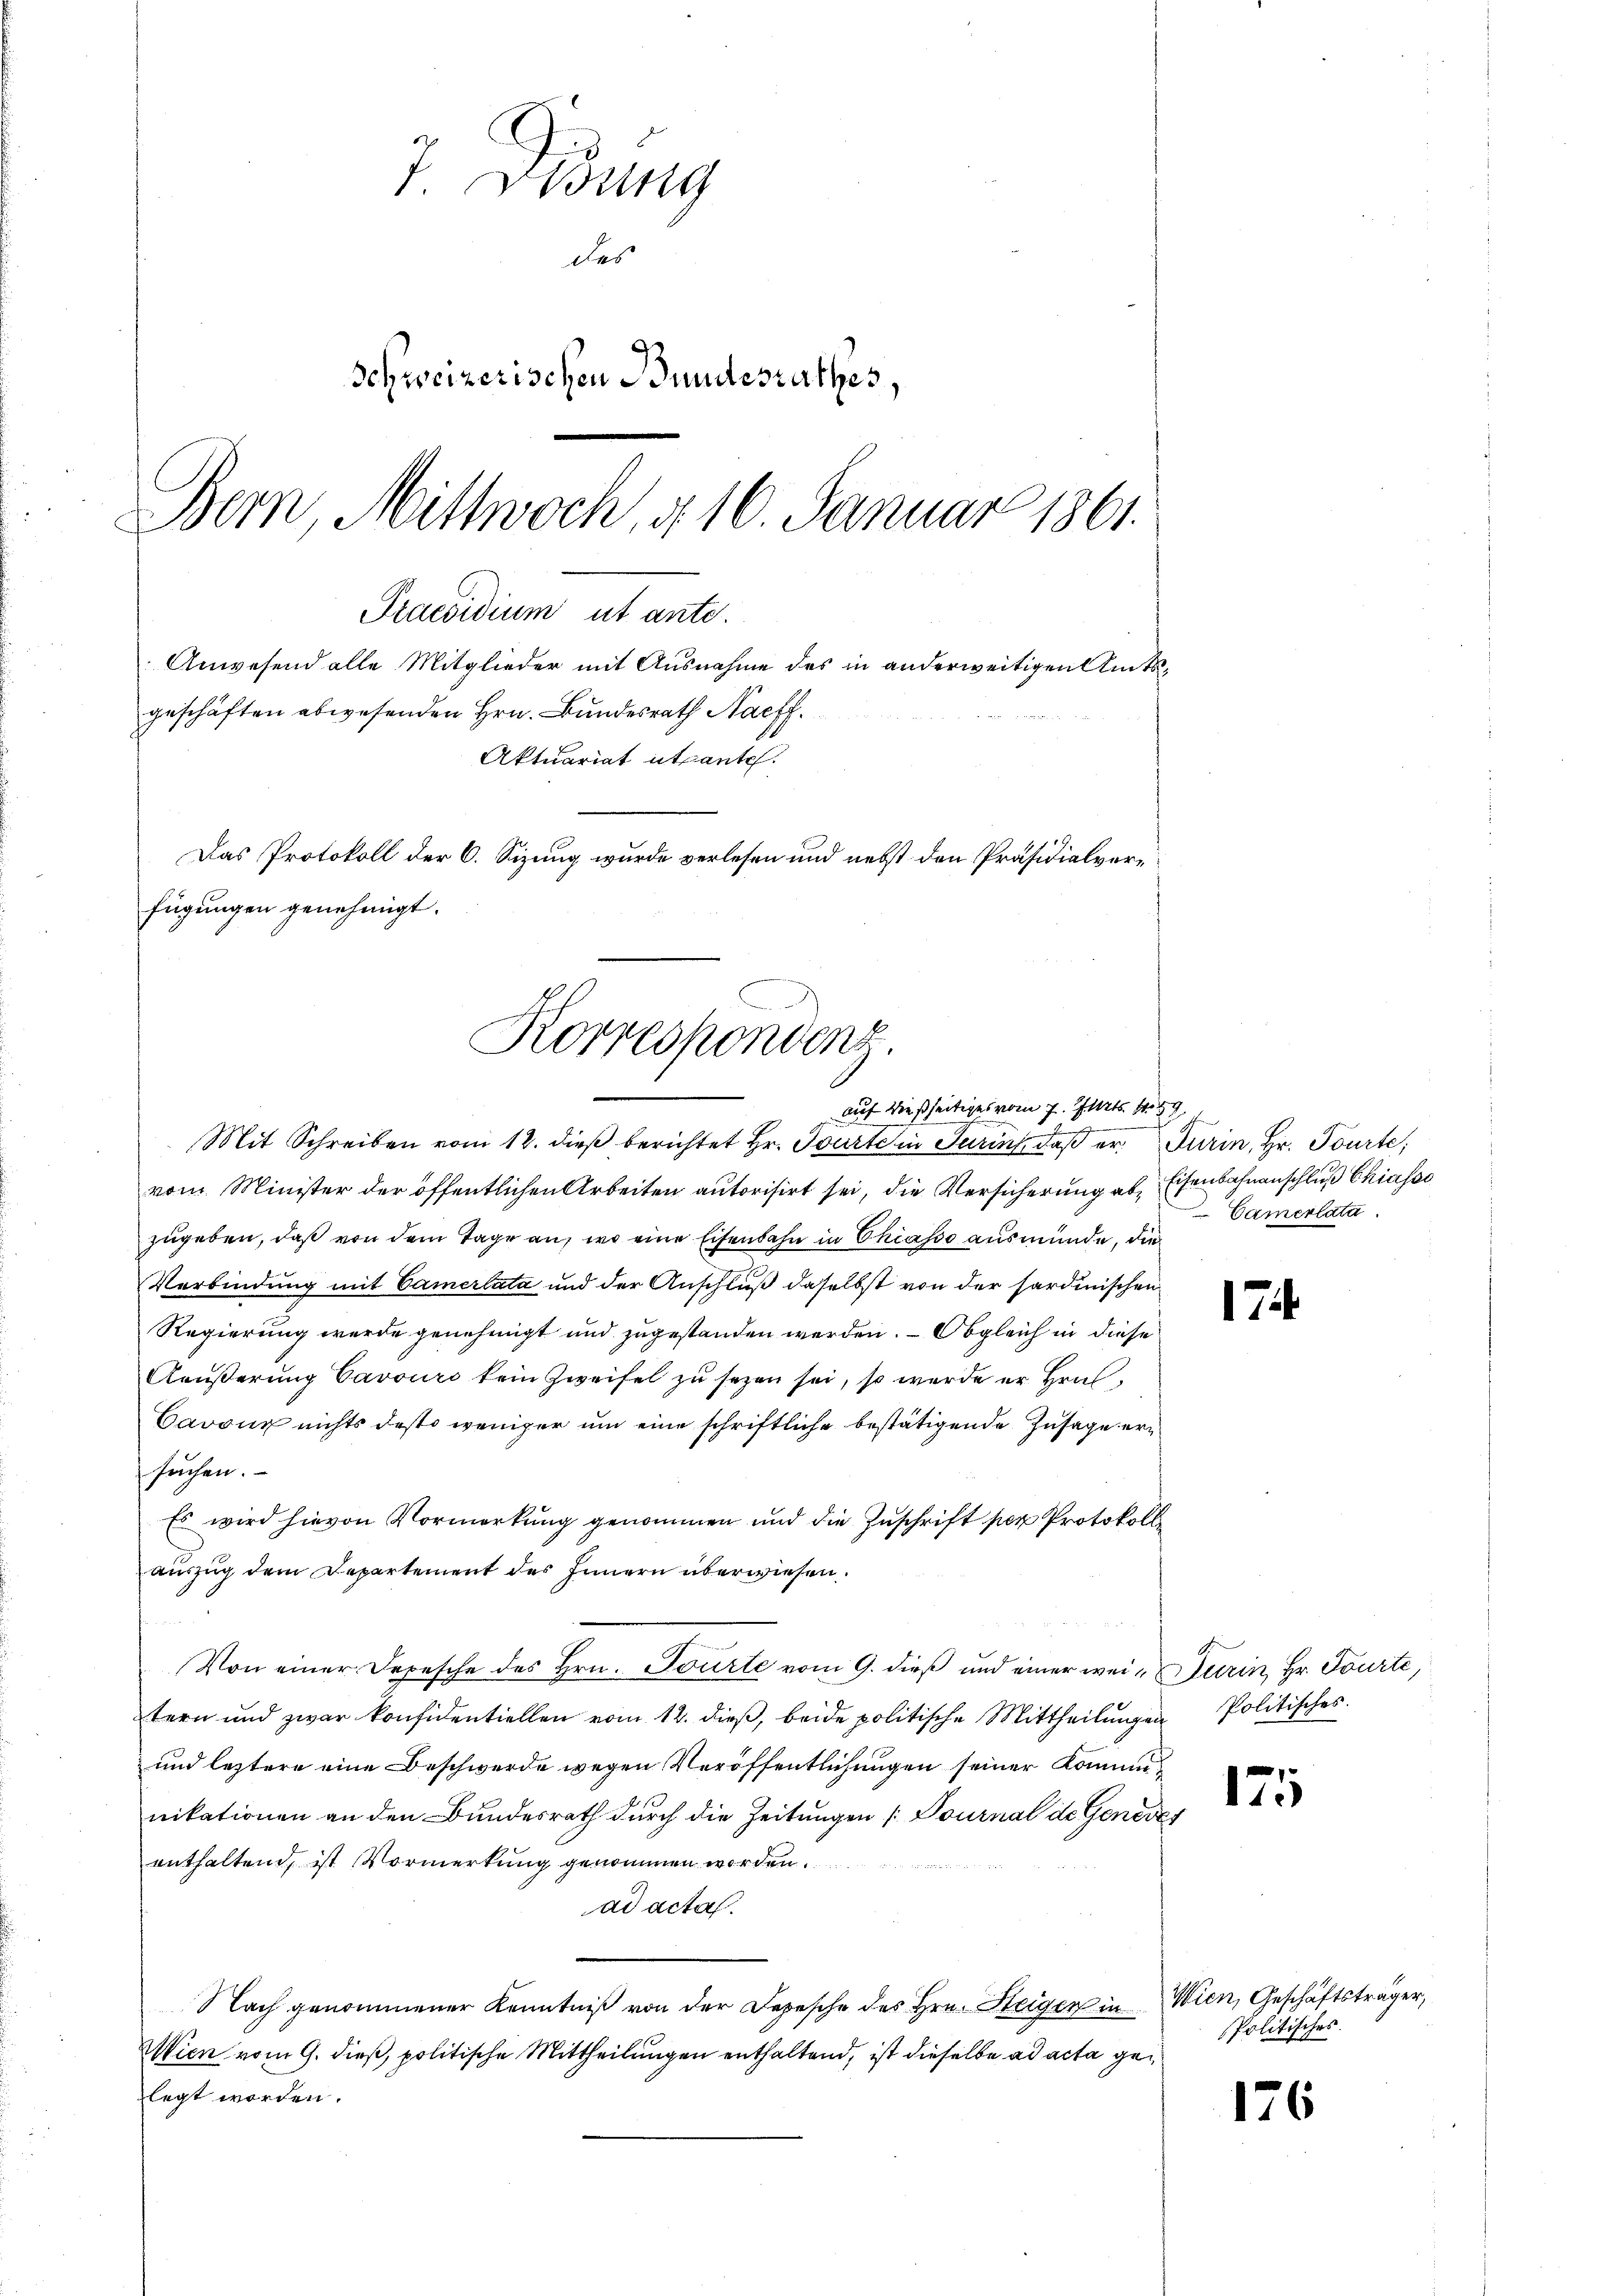
I. Beding
des
Schweizerischen Bundesrathes,
Bern, Mittwoch, d. 16. Januar 1861.

Praesidium ut ante.
Anwesend alle Mitglieder mit Ausnahme des in anderweitigen Amtsgeschäften abwesenden Hrn. Bundesrath Nachf
Aktuariat utante.
Das Protokoll der C. Sizung wurde verlesen und nebst den Präsidialverfügungen genehmigt.
Korrespondenz.

auf dießseitiges vom 7. Jurt. 459.
Mit Schreiben vom 12. dieß berichtet Hr. Tourte in Turin, daß er Turin, Hr. Tourte,
vom Minister der öffentlichen Arbeiten autorisirt sei, die Versicherung ab Eisenbahnanschluß Chiasso
zugeben, daß von dem Tage an, wo eine Eisenbahn in Chiasso ausmünde, die
Verbindung mit Camerlata und der Anschluß daselbst von der sardinischen
Regierung werde genehmigt und zugestanden werden. — Obgleich in diese
Aeußerung Cavours kein Zweifel zu sezen sei, so wurde er Hras¬
Cavoux nichts desto weniger um eine schriftliche bestätigende Zusage ersuchen.
Es wird hievon Vormerkung genommen und die Zuschrift per Protokoll
auszug dem Departement des Innern überwiesen.
Von einer Depesche des Hrn. Socirte vom 9. dieß und einer wei Turin, Hr. Tourte,
tern und zwar konfidentiellen vom 12. dieβ, beide politische Mittheilŭngen Politisches.
und letztere eine Beschwerde wegen Veröffentlichungen seiner Komm
nikationen an den Bundesrath durch die Zeitungen [Pournal de Genere
enthaltend, ist Vormerkung genommen worden.
ad acta.
Nach genommener Kenntniß von der Depesche des Hrn. Steiger in Wien, Geschäftsträger,
Wien vom 9. dieß, politische Mittheilungen enthaltend, ist dieselbe ad acta gelegt worden.

Camerlatz.

17

175

Politisches.

176